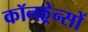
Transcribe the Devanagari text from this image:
कॉन्फ़्रेन्सों